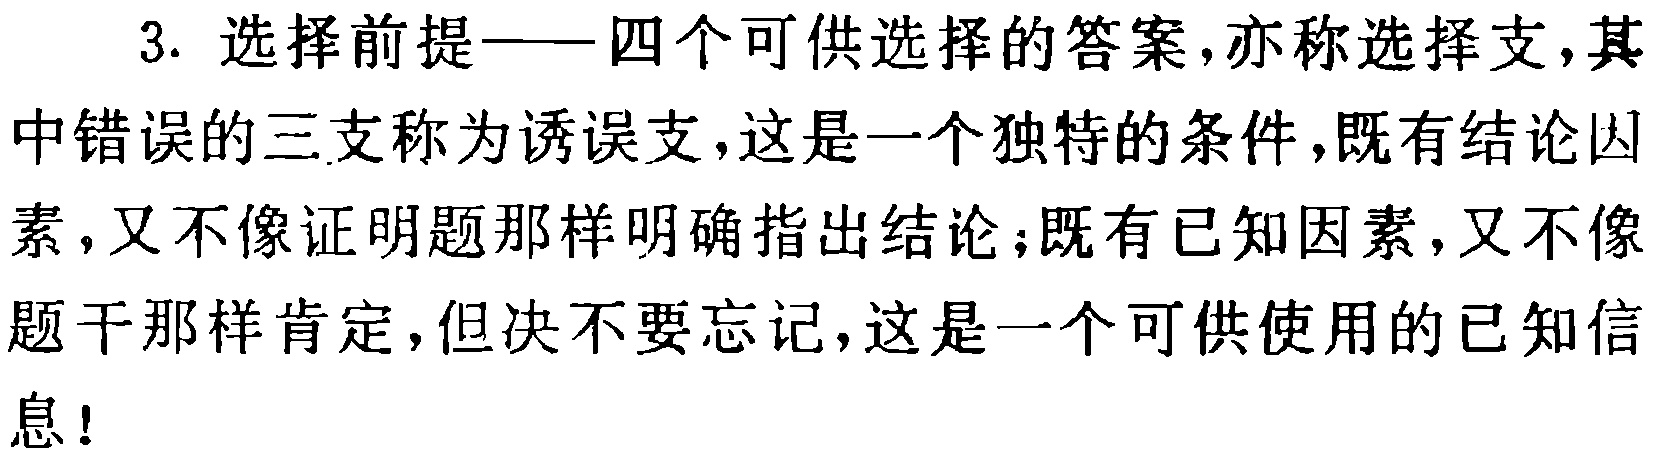
3. 选择前提——四个可供选择的答案,亦称选择支,其中错误的三支称为诱误支,这是一个独特的条件,既有结论因素,又不像证明题那样明确指出结论;既有已知因素,又不像题干那样肯定,但决不要忘记,这是一个可供使用的已知信息!